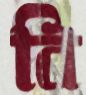
বি